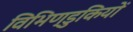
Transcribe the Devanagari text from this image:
विभिण्डुकियों